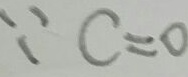
\because c = 0